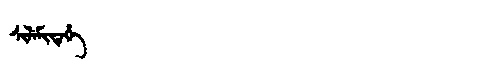
Manchu: ᠰᡳᠯᡝᠮᡳᡩᡝᡥᡝ
Romanization: SILEMIDEHE